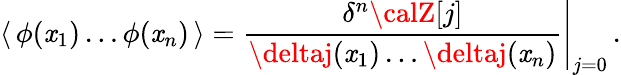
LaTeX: \langle\, \phi(\mathit{x}_{1})\dots\phi(\mathit{x}_{n})\, \rangle=\frac{{\delta^{n}{\calZ}[j]}}{{\deltaj(\mathit{x}_{1})\dots\deltaj(\mathit{x}_{n})}}\Bigg|_{j=0}\, .